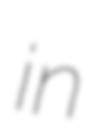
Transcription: in